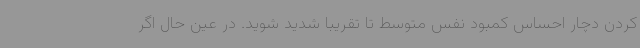
کردن دچار احساس کمبود نفس متوسط تا تقریبا شدید شوید. در عین حال اگر